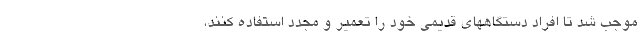
موجب شد تا افراد دستگاههای قدیمی خود را تعمیر و مجدد استفاده کنند،‌